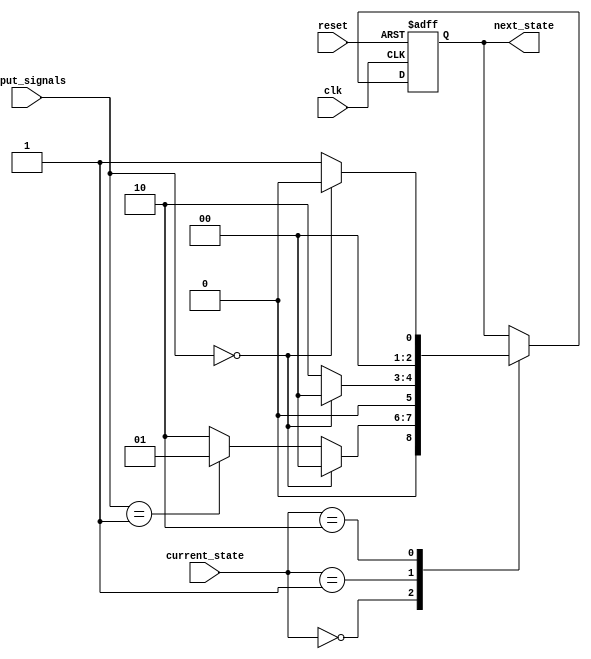
module fsm (
    input clk,
    input reset,
    input [2:0] current_state,
    input [1:0] input_signals,
    output [2:0] next_state
);

// Define states
parameter STATE_A = 3'b000;
parameter STATE_B = 3'b001;
parameter STATE_C = 3'b010;

// Define transitions
always @ (posedge clk or posedge reset) begin
    if (reset) begin
        next_state <= STATE_A;
    end else begin
        case (current_state)
            STATE_A: begin
                // Determine next state based on input signals
                if (input_signals == 2'b00) begin
                    next_state <= STATE_A;
                end else if (input_signals == 2'b01) begin
                    next_state <= STATE_B;
                end else begin
                    next_state <= STATE_C;
                end
            end
            STATE_B: begin
                // Determine next state based on input signals
                if (input_signals == 2'b00) begin
                    next_state <= STATE_A;
                end else begin
                    next_state <= STATE_C;
                end
            end
            STATE_C: begin
                // Determine next state based on input signals
                if (input_signals == 2'b00) begin
                    next_state <= STATE_A;
                end else begin
                    next_state <= STATE_B;
                end
            end
        endcase
    end
end

endmodule